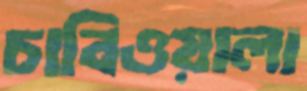
চাবিওয়ালা